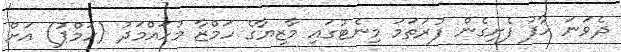
ދެވަނަ ހާފު ފެށިގެން ފުރަތަމަ މިނެޓުގައި މާޒިޔާގެ ހަމްޒާ މުހައްމަދު (ހަމްޕު) އަށް